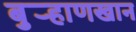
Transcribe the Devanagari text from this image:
बुर्‍हाणखान